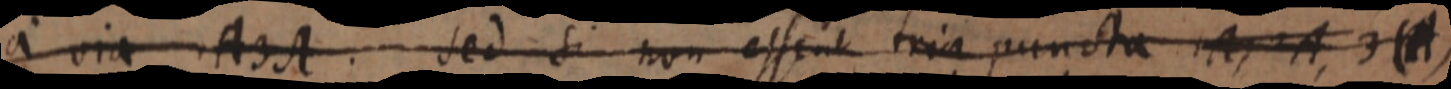
a via 1A 3A. sed si non essent tria puncta 1A, 2A, 3(A)